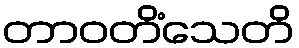
တာဝတိံသေတိ